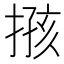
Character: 𢱙